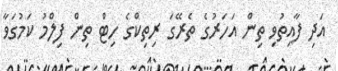
އަދި ފާއިތުވި ތިން އަހަރުގެ ތެރޭގަ ރިތިކްގެ ހިޓް ތިން ފިލްމު ކަމުގަވާ